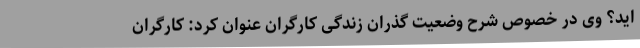
اید؟ وی در خصوص شرح وضعیت گذران زندگی کارگران عنوان کرد: کارگران